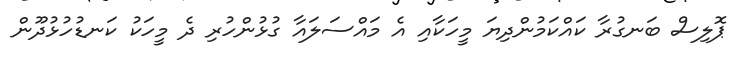
ޕޮލިސް ބަނގުރާ ކައްކަމުންދިޔަ މީހަކާއި އެ މައްސަލައާ ގުޅުންހުރި ދެ މީހަކު ކަނޑުހުޅުދޫން